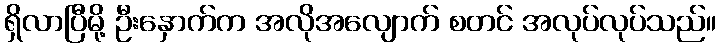
ရှိလာပြီမို့ ဦးနှောက်က အလိုအလျောက် စတင် အလုပ်လုပ်သည်။